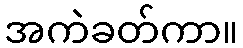
အကဲခတ်ကာ။